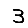
Digit: 3